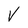
Character: V